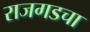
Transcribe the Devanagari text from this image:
राजगडचा